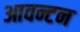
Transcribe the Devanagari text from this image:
आवन्टन